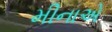
મીનાએ